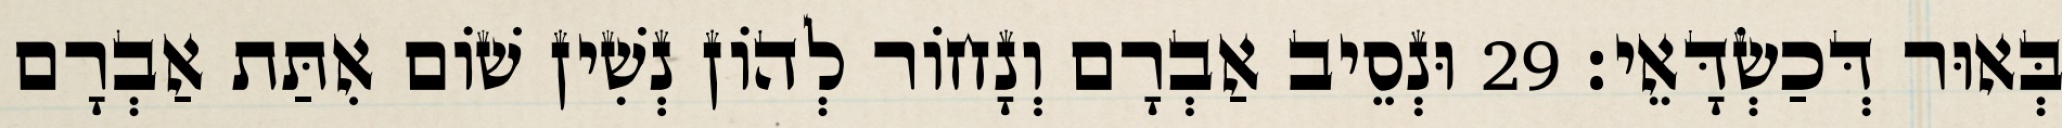
בְּאוּר דְּכַשְׂדָּאֵי׃ 29 וּנְסֵיב אַבְרָם וְנָחוֹר לְהוֹן נְשִׁין שׁוֹם אִתַּת אַבְרָם